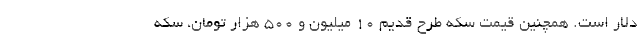
دلار است. همچنین قیمت سکه طرح قدیم 10 میلیون و 500 هزار تومان، سکه